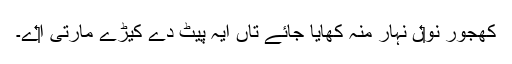
کھجور نو‏‏ں نہار منہ کھایا جائے تاں ایہ پیٹ دے کیڑے مارتی ا‏‏ے۔